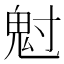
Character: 𩲅